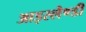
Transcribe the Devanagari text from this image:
आइस्लैण्डी